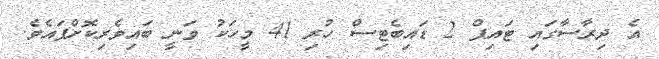
އެ ދިރާސާގައި ޓައިޕް 2 ޑައިބެޓިސް ހުރި 41 މީހަކު ވަނީ ބައިވެރިކޮށްފައެވެ.